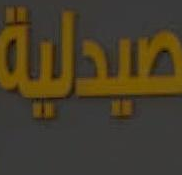
صيدلية